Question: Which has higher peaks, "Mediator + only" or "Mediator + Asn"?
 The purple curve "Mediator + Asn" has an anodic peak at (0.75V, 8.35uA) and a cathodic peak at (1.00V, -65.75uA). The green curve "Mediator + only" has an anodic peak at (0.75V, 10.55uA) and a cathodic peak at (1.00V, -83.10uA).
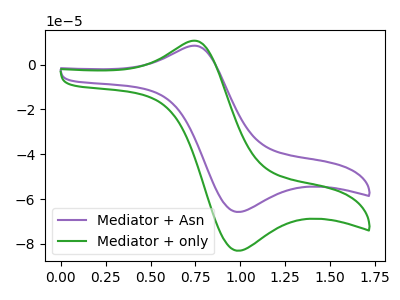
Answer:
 <answer>Every peak in "Mediator + only" is higher than every peak in "Mediator + Asn".</answer>
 <eval>higher</eval>